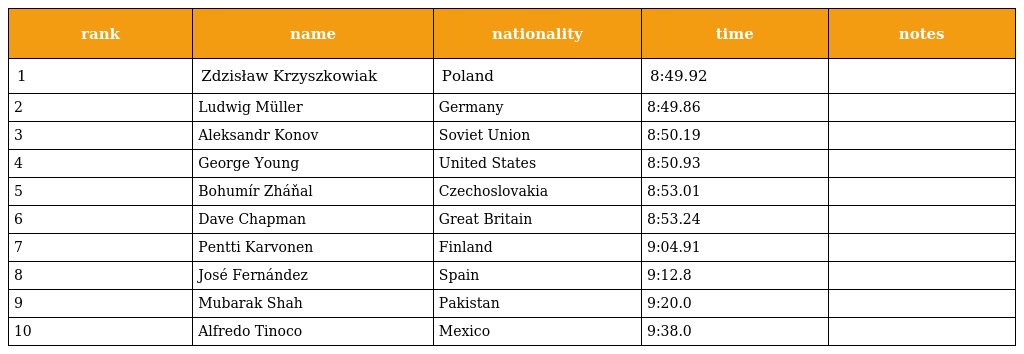
| rank | name | nationality | time | notes |
 | --- | --- | --- | --- | --- |
 | 1 | Zdzisław Krzyszkowiak | Poland | 8:49.92 |  |
 | 2 | Ludwig Müller | Germany | 8:49.86 |  |
 | 3 | Aleksandr Konov | Soviet Union | 8:50.19 |  |
 | 4 | George Young | United States | 8:50.93 |  |
 | 5 | Bohumír Zháňal | Czechoslovakia | 8:53.01 |  |
 | 6 | Dave Chapman | Great Britain | 8:53.24 |  |
 | 7 | Pentti Karvonen | Finland | 9:04.91 |  |
 | 8 | José Fernández | Spain | 9:12.8 |  |
 | 9 | Mubarak Shah | Pakistan | 9:20.0 |  |
 | 10 | Alfredo Tinoco | Mexico | 9:38.0 |  |